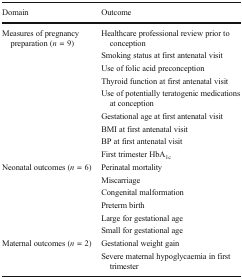
| Domain | Outcome |
 | --- | --- |
 | <ROWSPAN=9> Measures of pregnancy preparation (n = 9) | Healthcare professional review prior to conception |
 | Smoking status at first antenatal visit |
 | Use of folic acid preconception |
 | Thyroid function at first antenatal visit |
 | Use of potentially teratogenic medications at conception |
 | Gestational age at first antenatal visit |
 | BMI at first antenatal visit |
 | BP at first antenatal visit |
 | First trimester HbA1c |
 | <ROWSPAN=6> Neonatal outcomes (n = 6) | Perinatal mortality |
 | Miscarriage |
 | Congenital malformation |
 | Preterm birth |
 | Large for gestational age |
 | Small for gestational age |
 | <ROWSPAN=2> Maternal outcomes (n = 2) | Gestational weight gain |
 | Severe maternal hypoglycaemia in first trimester |